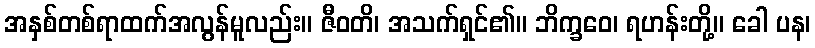
အနှစ်တစ်ရာထက်အလွန်မူလည်း။ ဇီဝတိ၊ အသက်ရှင်၏။ ဘိက္ခဝေ၊ ရဟန်းတို့။ ခေါ ပန၊